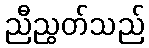
ညီညွတ်သည်